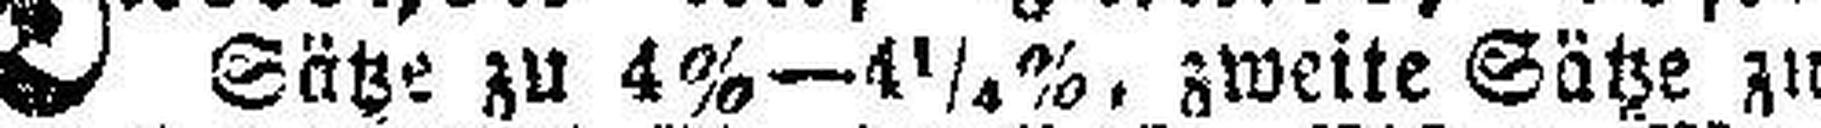
Sätze zu 4%—4¼%, zweite Sätze zu